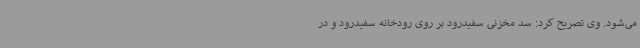
می‌شود. وی تصریح کرد: سد مخزنی سفیدرود بر روی رودخانه سفیدرود و در